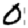
Digit: 0